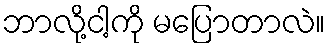
ဘာလို့ငါ့ကို မပြောတာလဲ။